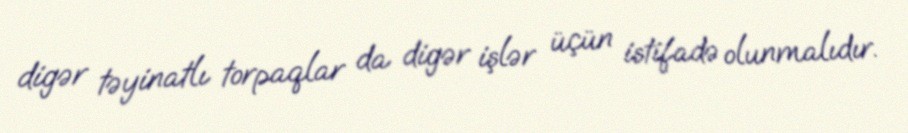
digər təyinatlı torpaqlar da digər işlər üçün istifadə olunmalıdır.